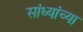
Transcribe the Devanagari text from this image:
सांध्यांच्या